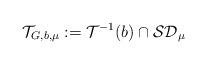
LaTeX: \begin{align*}\mathcal{T}_{G,b,\mu} :=\mathcal{T}^{-1}(b) \cap \mathcal{SD}_{\mu}\end{align*}